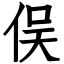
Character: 俣